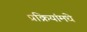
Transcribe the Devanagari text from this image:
प्रक्रियांमधे